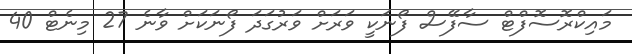
މައިކްރޮސޮފްޓް ސާފޭސް ފޯނަކީ ވަރަށް ވަރުގަދަ ފޯނަކަށް ވާނެ 27 މިނެޓް 40